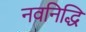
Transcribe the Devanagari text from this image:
नवनिद्धि